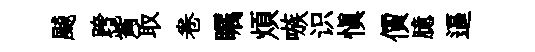
飇跨觜取卷瞩煩嗾识愼價臆逼